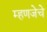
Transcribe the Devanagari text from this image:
म्हणजेचे